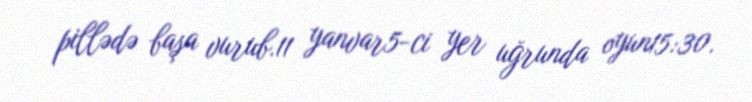
pillədə başa vurub.11 yanvar5-ci yer uğrunda oyun15:30.